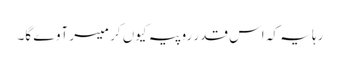
رہا یہ کہ اس قدر روپیہ کیوں کر میسر آوے گا۔